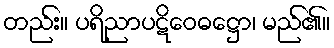
တည်း။ ပရိညာပဋိဝေဓဋ္ဌော၊ မည်၏။